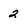
Character: 2